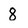
Character: 8